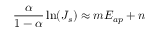
\frac { \alpha } { 1 - \alpha } \ln ( J _ { s } ) \approx m E _ { a p } + n